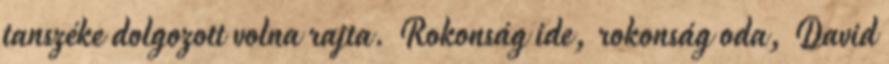
tanszéke dolgozott volna rajta. Rokonság ide, rokonság oda, David